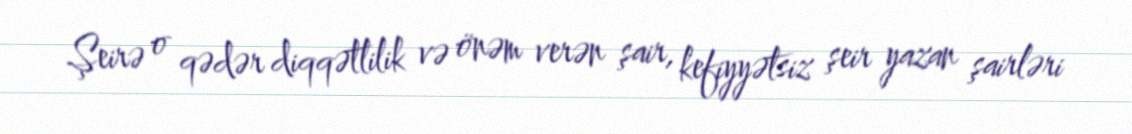
Şeirə o qədər diqqətlilik və önəm verən şair, kefiyyətsiz şeir yazan şairləri